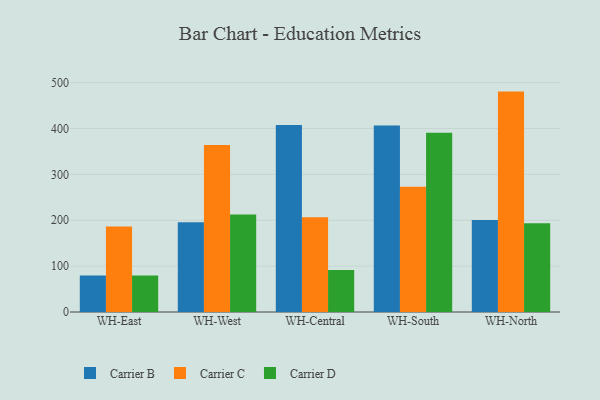
{"axis": {"x": "Warehouse", "y": "Customer Acquisition Cost (USD)"}, "legend": ["Carrier B", "Carrier C", "Carrier D"], "data": [{"x": "WH-East", "y": 79.7, "type": "Carrier B"}, {"x": "WH-East", "y": 186.5, "type": "Carrier C"}, {"x": "WH-East", "y": 79.7, "type": "Carrier D"}, {"x": "WH-West", "y": 195.6, "type": "Carrier B"}, {"x": "WH-West", "y": 364.0, "type": "Carrier C"}, {"x": "WH-West", "y": 212.4, "type": "Carrier D"}, {"x": "WH-Central", "y": 407.8, "type": "Carrier B"}, {"x": "WH-Central", "y": 206.7, "type": "Carrier C"}, {"x": "WH-Central", "y": 91.6, "type": "Carrier D"}, {"x": "WH-South", "y": 406.3, "type": "Carrier B"}, {"x": "WH-South", "y": 272.8, "type": "Carrier C"}, {"x": "WH-South", "y": 390.8, "type": "Carrier D"}, {"x": "WH-North", "y": 200.7, "type": "Carrier B"}, {"x": "WH-North", "y": 480.4, "type": "Carrier C"}, {"x": "WH-North", "y": 193.2, "type": "Carrier D"}]}